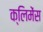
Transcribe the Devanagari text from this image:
क्लिमेंस